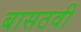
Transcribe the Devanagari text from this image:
बासठवीं